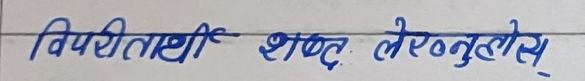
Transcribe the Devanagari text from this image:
विपरीतार्थी शब्द लेख्नुहोस्